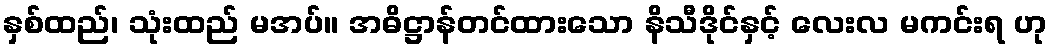
နှစ်ထည်၊ သုံးထည် မအပ်။ အဓိဋ္ဌာန်တင်ထားသော နိသီဒိုင်နှင့် လေးလ မကင်းရ ဟု